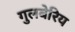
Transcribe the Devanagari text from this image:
गुलबेरिय